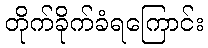
တိုက်ခိုက်ခံရကြောင်း